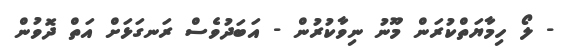
- ލޯ ހިމާޔަތްކުރަން މޫނު ނިވާކުރުން - އަބަދުވެސް ރަނގަޅަށް އަތް ދޮވުން